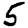
Digit: 5